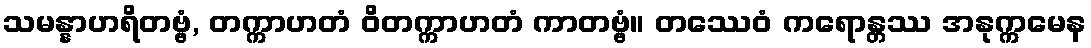
သမန္နာဟရိတဗ္ဗံ, တက္ကာဟတံ ဝိတက္ကာဟတံ ကာတဗ္ဗံ။ တဿေဝံ ကရောန္တဿ အနုက္ကမေန